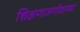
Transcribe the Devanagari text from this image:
शिक्षणाअगोदरच्या